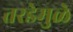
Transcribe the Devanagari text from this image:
तरडेमुळे